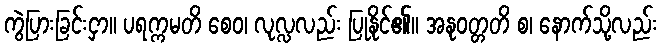
ကွဲပြားခြင်းငှာ။ ပရက္ကမတိ စေဝ၊ လုလ္လလည်း ပြုနိုင်၏။ အနုဝတ္တတိ စ၊ နောက်သို့လည်း